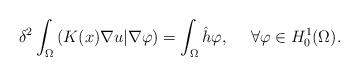
LaTeX: \begin{align*}\delta^2\int_{\Omega}\left( K(x)\nabla u|\nabla\varphi\right) =\int_{\Omega}\hat{h}\varphi,\ \ \ \ \forall \varphi\in H^1_0(\Omega).\end{align*}